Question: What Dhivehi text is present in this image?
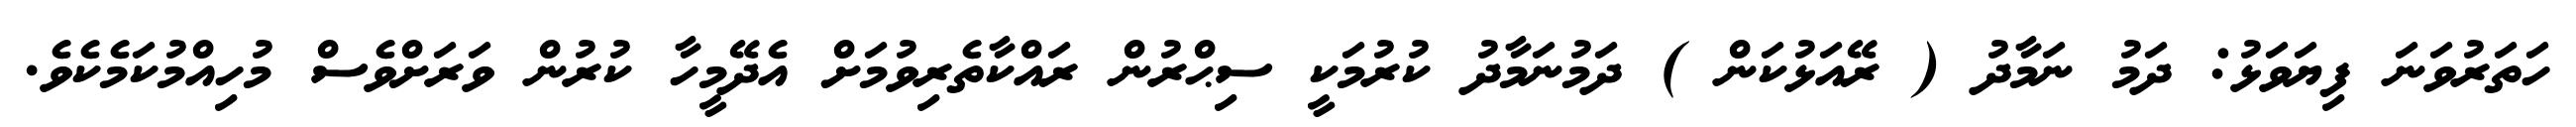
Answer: ހަތަރުވަނަ ފިޔަވަޅު: ދަމު ނަމާދު ( ރޭއަޅުކަން ) ދަމުނަމާދު ކުރުމަކީ ސިޙްރުން ރައްކާތެރިވުމަށް އެދޭމީހާ ކުރުން ވަރަށްވެސް މުހިއްމުކަމެކެވެ.